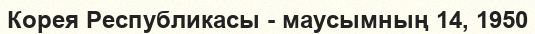
Корея Республикасы - маусымның 14, 1950